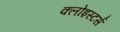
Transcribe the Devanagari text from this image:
क्लोइस्टर्स